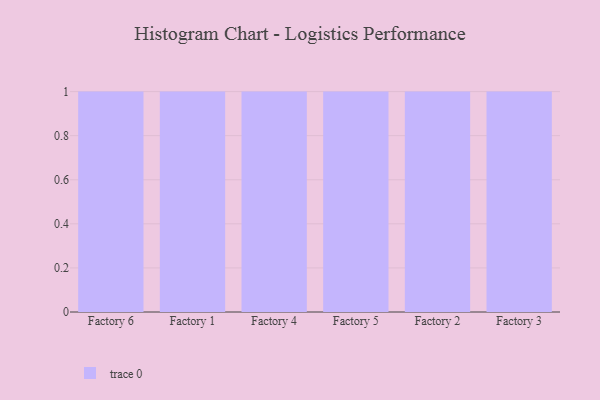
{"axis": {"x": "Factory", "y": "Active Users"}, "legend": [""], "data": [{"x": "Factory 6", "y": 24, "type": ""}, {"x": "Factory 1", "y": 73, "type": ""}, {"x": "Factory 4", "y": 75, "type": ""}, {"x": "Factory 5", "y": 66, "type": ""}, {"x": "Factory 2", "y": 32, "type": ""}, {"x": "Factory 3", "y": 23, "type": ""}]}